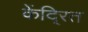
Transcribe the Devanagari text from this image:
केंदि्रत